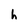
Character: h